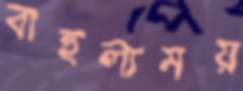
বাহুল্যময়